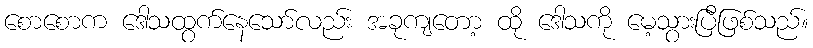
စောစောက ဒေါသထွက်နေသော်လည်း အခုကျတော့ ထို ဒေါသကို မေ့သွားပြီဖြစ်သည်။